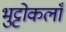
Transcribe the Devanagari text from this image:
भुट्टोकलाँ